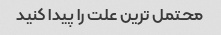
محتمل ترین علت را پیدا کنید